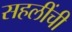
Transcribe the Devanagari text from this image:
सहलींची